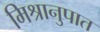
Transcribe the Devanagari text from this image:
मिश्रानुपात